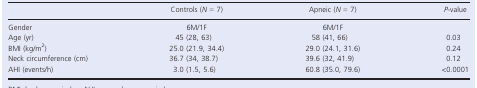
<table><thead><tr><td></td><td><b>Controls (<i>N</i> = 7)</b></td><td><b>Apneic (<i>N</i> = 7)</b></td><td><b><i>P</i>‐value</b></td></tr></thead><tbody><tr><td>Gender</td><td>6M/1F</td><td>6M/1F</td><td></td></tr><tr><td>Age (yr)</td><td>45 (28, 63)</td><td>58 (41, 66)</td><td>0.03</td></tr><tr><td>BMI (kg/m<sup>2</sup>)</td><td>25.0 (21.9, 34.4)</td><td>29.0 (24.1, 31.6)</td><td>0.24</td></tr><tr><td>Neck circumference (cm)</td><td>36.7 (34, 38.7)</td><td>39.6 (32, 41.9)</td><td>0.12</td></tr><tr><td>AHI (events/h)</td><td>3.0 (1.5, 5.6)</td><td>60.8 (35.0, 79.6)</td><td>&lt;0.0001</td></tr></tbody></table>